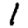
Digit: 1